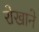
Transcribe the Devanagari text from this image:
रोखाने